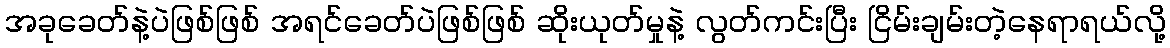
အခုခေတ်နဲ့ပဲဖြစ်ဖြစ် အရင်ခေတ်ပဲဖြစ်ဖြစ် ဆိုးယုတ်မှုနဲ့ လွတ်ကင်းပြီး ငြိမ်းချမ်းတဲ့နေရာရယ်လို့